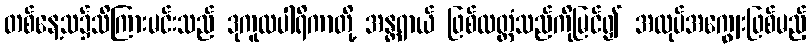
တစ်နေ့သ၌သိကြားမင်းသည် ဒုကူလပါရိကာတို့ အန္တရာယ် ဖြစ်လတ္တံသည်ကိုမြင်၍ အလုပ်အကျွေးဖြစ်မည့်